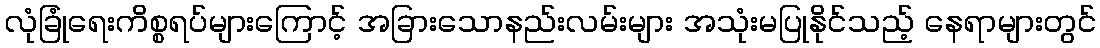
လုံခြုံရေးကိစ္စရပ်များကြောင့် အခြားသောနည်းလမ်းများ အသုံးမပြုနိုင်သည့် နေရာများတွင်